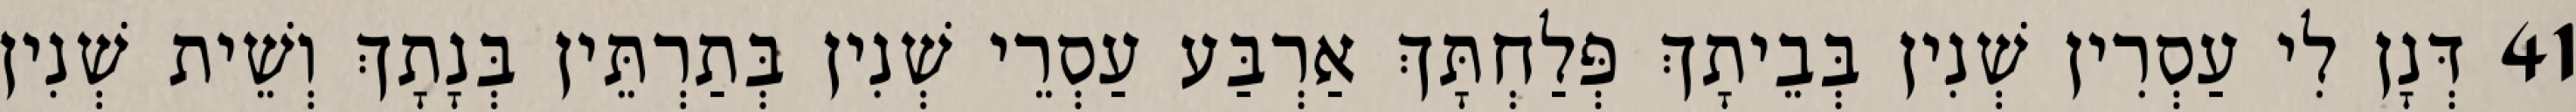
41 דְּנָן לִי עַסְרִין שְׁנִין בְּבֵיתָךְ פְּלַחְתָּךְ אַרְבַּע עַסְרֵי שְׁנִין בְּתַרְתֵּין בְּנָתָךְ וְשֵׁית שְׁנִין